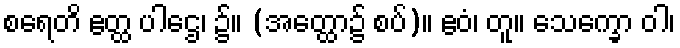
စရေတိ ဧတ္ထ ပါဌေ၊ ၌။ (အတ္ထော၌ စပ်)။ ဧဝံ၊ တူ။ သေက္ခော ဝါ၊